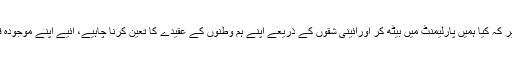
اس بحث میں الجھے بغیر کہ کیا ہمیں پارلیمنٹ میں بیٹھ کر اورآئینی شقوں کے ذریعے اپنے ہم وطنوں کے عقیدے کا تعین کرنا چاہیے، آئیے اپنے موجودہ قانون کا جائزہ لیتے ہیں۔